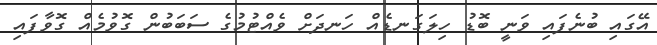
އޭގައި ބުނެފައި ވަނީ ބޮޑު ހިލަގަނޑެއް ހަނދަށް ވެއްޓުމުގެ ސަބަބުން ގޮވުމެއް ގޮވާފައި